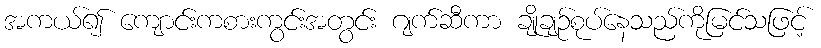
အကယ်၍ ကျောင်းကစားကွင်းအတွင်း ဂျက်ဆီကာ ချိုချဉ်စုပ်နေသည်ကိုမြင်သဖြင့်